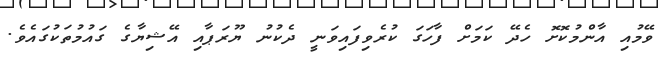
ވޭމުއި އާންމުކޮށޮ ހެދޭ ކަމަށް ފާހަގަ ކުރެވިފައިވަނީ ދެކުނު ޔޫރަޕާއި އޭޝިޔާގެ ގައުމުތަކުގައެވެ.